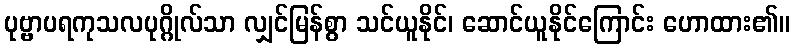
ပုဗ္ဗာပရကုသလပုဂ္ဂိုလ်သာ လျှင်မြန်စွာ သင်ယူနိုင်၊ ဆောင်ယူနိုင်ကြောင်း ဟောထား၏။